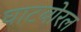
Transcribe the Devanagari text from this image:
घाटबोरल